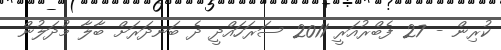
ކުރިން - 27 ފެބްރުއަރީ 2011 ސަރަހައްދީ ދެ ބަނދަރަށް ބާލާ މުދަލުން